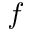
f